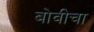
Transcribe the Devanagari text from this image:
बोवीचा